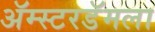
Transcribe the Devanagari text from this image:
ॲम्स्टरडॅमला